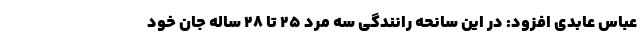
عباس عابدی افزود: در این سانحه رانندگی سه مرد ۲۵ تا ۲۸ ساله جان خود